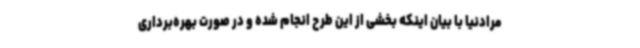
مرادنیا با بیان اینکه بخشی از این طرح انجام شده و در صورت بهره‌برداری